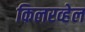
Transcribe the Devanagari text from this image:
किलरव्हेल